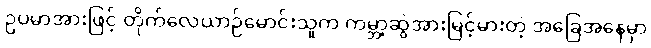
ဥပမာအားဖြင့် တိုက်လေယာဉ်မောင်းသူက ကမ္ဘာ့ဆွဲအားမြင့်မားတဲ့ အခြေအနေမှာ